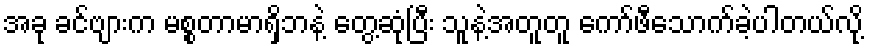
အခု ခင်ဗျားက မစ္စတာမာရှိဘနဲ့ တွေ့ဆုံပြီး သူနဲ့အတူတူ ကော်ဖီသောက်ခဲ့ပါတယ်လို့